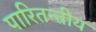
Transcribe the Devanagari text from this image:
पारितन्त्रीय